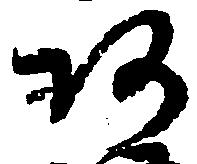
阿